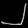
Digit: ၂